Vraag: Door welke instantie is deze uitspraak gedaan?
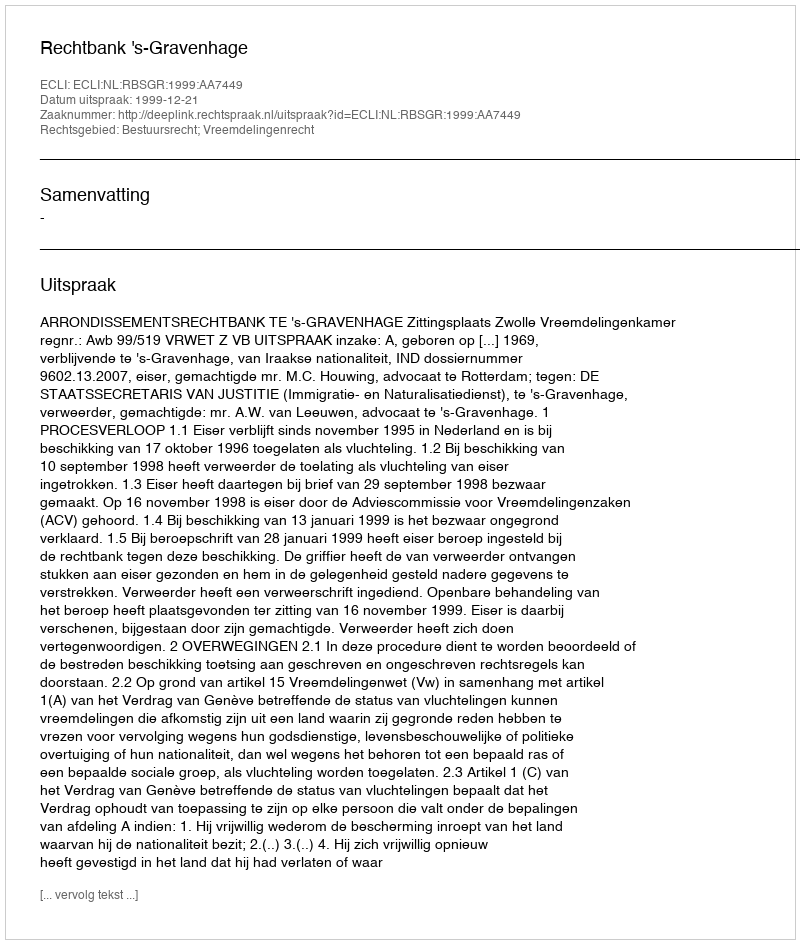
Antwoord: Rechtbank 's-Gravenhage